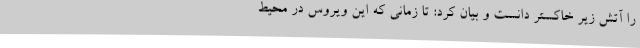
را آتش زیر خاکستر دانست و بیان کرد: تا زمانی که این ویروس در محیط